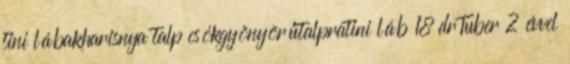
tini lábakharisnya talp csókgyönyörűtalpratini láb 18 drTuber 2 évvel